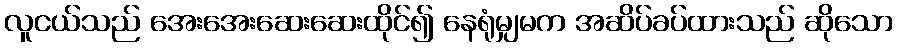
လူငယ်သည် အေးအေးဆေးဆေးထိုင်၍ နေရုံမျှမက အဆိပ်ခပ်ထားသည် ဆိုသော